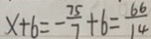
x + 6 = - \frac { 7 5 } { 7 } + 6 = \frac { 6 6 } { 1 4 }